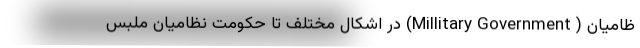
ظامیان ( Millitary Government) در اشکال مختلف تا حکومت نظامیان ملبس